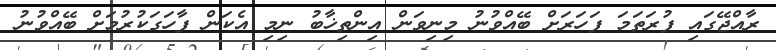
ރާއްޖޭގައި ފުރަތަމަ ފަހަރަށް ބޭއްވުނު މިނިވަން އިންތިޚާބު ނިމި އެކަން ފާހަގަކުރުމަށް ބޭއްވުނު